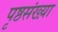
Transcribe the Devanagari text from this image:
पृष्ठसंख्य़ा